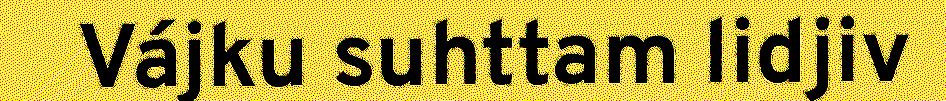
Vájku suhttam lidjiv